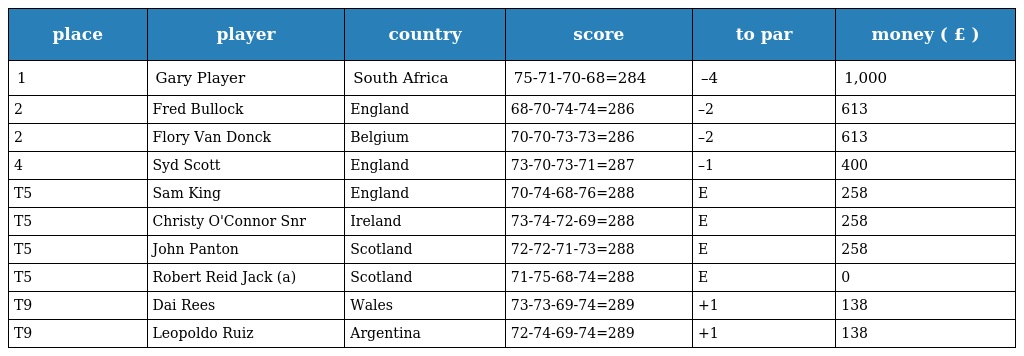
| place | player | country | score | to par | money ( £ ) |
 | --- | --- | --- | --- | --- | --- |
 | 1 | Gary Player | South Africa | 75-71-70-68=284 | –4 | 1,000 |
 | 2 | Fred Bullock | England | 68-70-74-74=286 | –2 | 613 |
 | 2 | Flory Van Donck | Belgium | 70-70-73-73=286 | –2 | 613 |
 | 4 | Syd Scott | England | 73-70-73-71=287 | –1 | 400 |
 | T5 | Sam King | England | 70-74-68-76=288 | E | 258 |
 | T5 | Christy O'Connor Snr | Ireland | 73-74-72-69=288 | E | 258 |
 | T5 | John Panton | Scotland | 72-72-71-73=288 | E | 258 |
 | T5 | Robert Reid Jack (a) | Scotland | 71-75-68-74=288 | E | 0 |
 | T9 | Dai Rees | Wales | 73-73-69-74=289 | +1 | 138 |
 | T9 | Leopoldo Ruiz | Argentina | 72-74-69-74=289 | +1 | 138 |